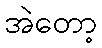
အဲတော့